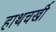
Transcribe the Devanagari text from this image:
हाथचर्खी